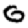
Digit: 0